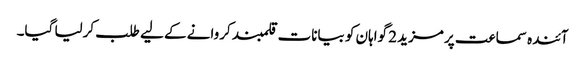
آئندہ سماعت پر مزید 2 گواہان کو بیانات قلمبند کروانے کے لیے طلب کرلیا گیا۔